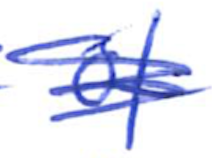
Text: of
Cross-out: mix
Writing tool: ballpoint